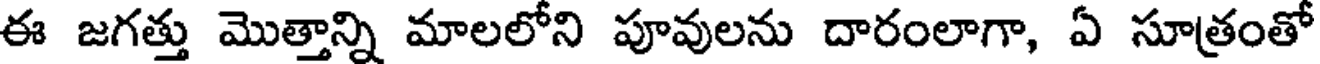
ఈ జగత్తు మొత్తాన్ని మాలలోని పూవులను దారంలాగా, ఏ సూత్రంతో